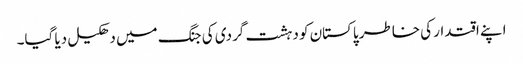
اپنے اقتدار کی خاطر پاکستان کو دہشت گردی کی جنگ میں دھکیل دیا گیا۔